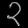
Digit: ၃